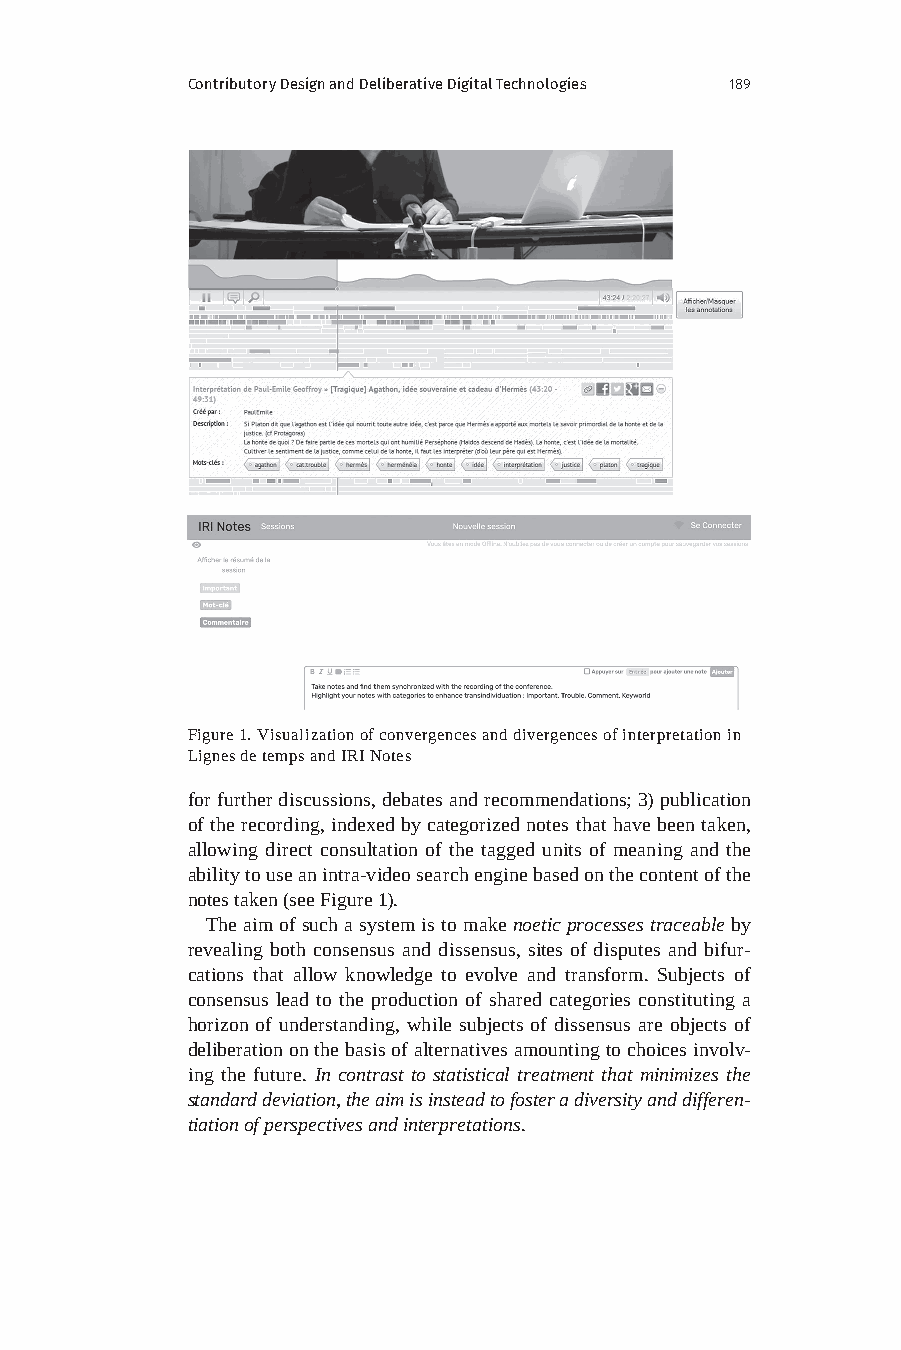
Contributory Design and Deliberative Digital Technologies 189
 Figure 1. Visualization of convergences and divergences of interpretation in
 Lignes de temps and IRI Notes
 for further discussions, debates and recommendations; 3) publication
 of the recording, indexed by categorized notes that have been taken,
 allowing direct consultation of the tagged units of meaning and the
 ability to use an intra-video search engine based on the content of the
 notes taken (see Figure 1).
 The aim of such a system is to make noetic processes traceable by
 revealing both consensus and dissensus, sites of disputes and bifur-
 cations that allow knowledge to evolve and transform. Subjects of
 consensus lead to the production of shared categories constituting a
 horizon of understanding, while subjects of dissensus are objects of
 deliberation on the basis of alternatives amounting to choices involv-
 ing the future. In contrast to statistical treatment that minimizes the
 standard deviation, the aim is instead to foster a diversity and differen-
 tiation of perspectives and interpretations.